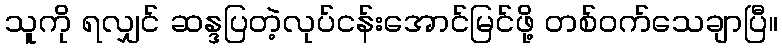
သူကို ရလျှင် ဆန္ဒပြတဲ့လုပ်ငန်းအောင်မြင်ဖို့ တစ်ဝက်သေချာပြီ။